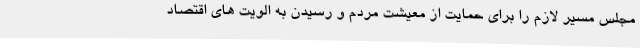
مجلس مسیر لازم را برای حمایت از معیشت مردم و رسیدن به الویت های اقتصاد